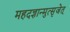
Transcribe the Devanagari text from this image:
महदज्ञान्मुत्सृजेत्